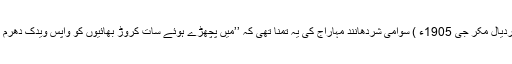
(ڈاکٹر رادھا ہردیال مکر جی 1905ء ) سوامی شردھانند مہاراج کی یہ تمنا تھی کہ ’’میں پچھڑے ہوئے سات کروڑ بھائیوں کو واپس ویدک دھرم میں لاؤں گا‘‘۔